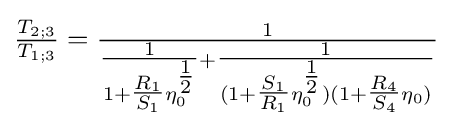
{\tfrac {T_{2;3}}{T_{1;3}}}={\tfrac {1}{{\tfrac {1}{1+{\tfrac {R_{1}}{S_{1}}}\eta _{0}^{\tfrac {1}{2}}}}+{\tfrac {1}{(1+{\tfrac {S_{1}}{R_{1}}}\eta _{0}^{\tfrac {1}{2}})(1+{\tfrac {R_{4}}{S_{4}}}\eta _{0})}}}}